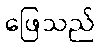
ဖြေသည်